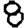
Digit: 8